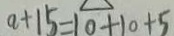
a + 1 5 = 1 0 + 1 0 + 5